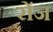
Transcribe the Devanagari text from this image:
रोंज